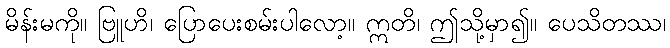
မိန်းမကို။ ဗြူဟိ၊ ပြောပေးစမ်းပါလော့။ ဣတိ၊ ဤသို့မှာ၍။ ပေသိတဿ၊